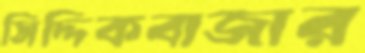
সিদ্দিকবাজার